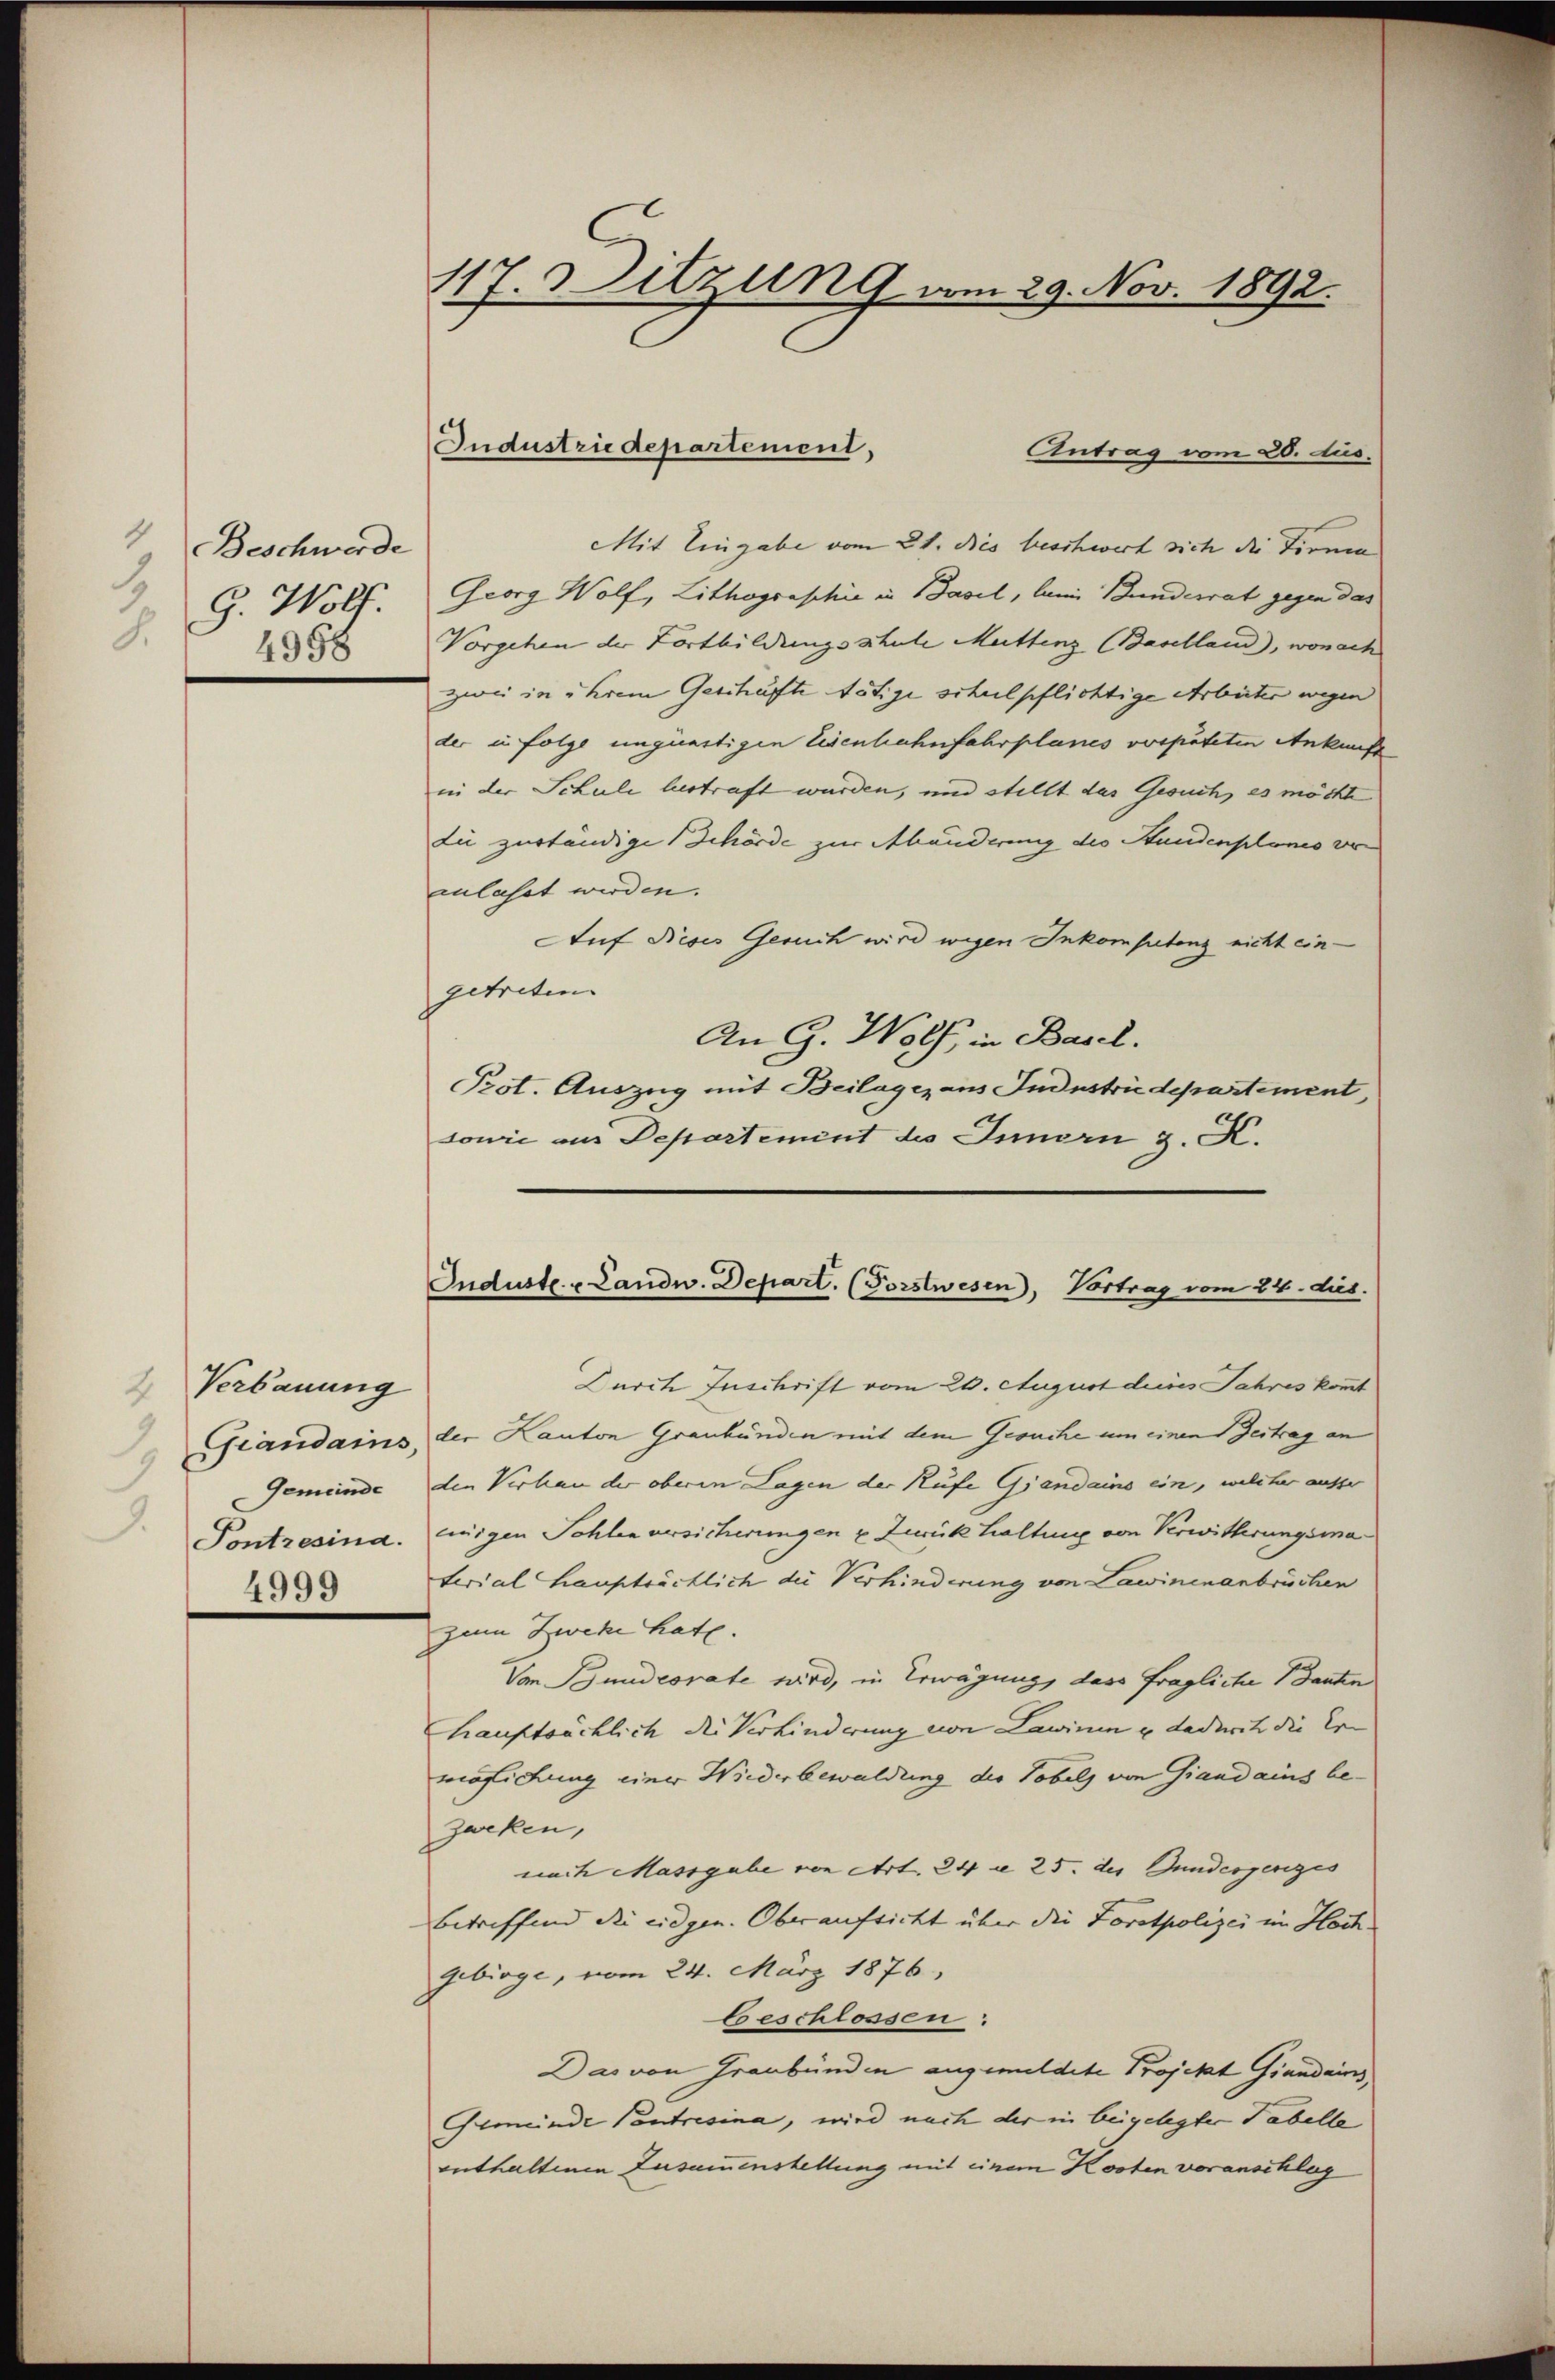
1
Beschwerde
1
G. Wolf.
8.
4958

2 Verbauung
3
Gemeinde
4999

117. Sitzung vom 29. Nov. 1892.

Antrag vom 20. Aus.
Mit Eingabe vom 21. Dies beschwert sich die Firnen
Georg Wolf, Lithographić in Basel, lein Bundesrat gegen das
Vorgehen der Fortbildungsschule Meittenz (Baselland), wonach
zwei in ihrem Geschäfte tätige schulpflichtige Arbeiter wegen
der in folge unquartigen Eisenhahnfahrplanes vorpateten Ankunft
in der Schule bestraft wurden, und stellt das Gesuch, es möchte
die zuständige Schörde zur Abänderung des Stundenplanes vo
anlasst werden.
Auf dieses Gesuch wird wegen Inkompetenz nicht eingetreten.
An G. Wolf, in Basel.
Prot. Auszug mit Beilagen aus Industrie departement,
sowie am Departement des Innern z. K.

Jndustriedepartement,

Industr. u Landw. Depart. (Forstwesen, Vortrag vom 24. dies.

Lurch Inschrift vom 20. August dies Jahres kommt
Grandains, der Kanton Graubünden mit dem Gesuche um einen Zeitrag an
den Verhau der oberen Lagen der Rufe Giand ains ein, welcher ausser
Pontresina. Einigen Sohlen versicherungen u. Zurück haltung von Verwitterungsmaterial hauptsächlich die Verhinderung von Lawinen anbrüchen
zum Zweke hat.
Von Bundesrate wird, in Erwägung, dass fragliche Bauten
hauptsächlich die Verhinderung von Lawinen u dadurch die Er
verfichung einer Wiederbewaldung der Tobels von Giandains bezweken,
nach Massgabe von Art. 24 c. 25. des Gundesgerizis
betreffend die eidgen. Oberaufsicht über die Forstpolizei im Hoch
Gebirge, vom 24. März 1876,
beschlossen:
Das von Graubünden angemeldete Projekt Giandains,
Gemeinde Contreisina, wird nach der in beigelegter Tabelle
enthaltenen Zusammenstellung mit einem Kosten voranschlag